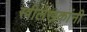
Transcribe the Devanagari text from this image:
स्त्रीलेखकांनी